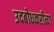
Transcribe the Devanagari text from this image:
उदबोधकरीत्या